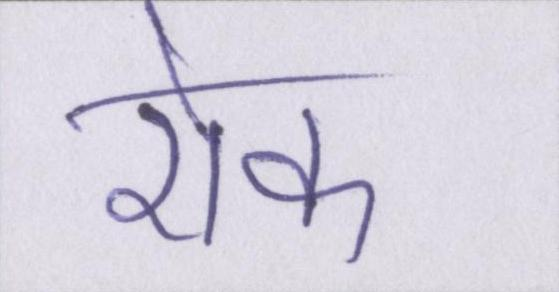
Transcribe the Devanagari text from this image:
रोक